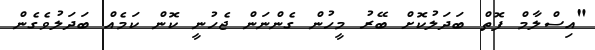
"އިސްލާމް ފޮތް ބަދަލުކޮށް ބޭރު މީހުން ގެންނަން ޖެހުނީ ކޮން ކަމެއް ބަދަލުވެގެން